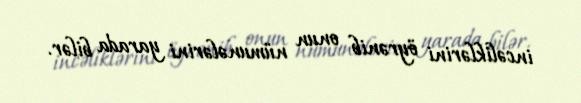
incəliklərini öyrənib onun nümunələrini yarada bilər.